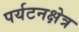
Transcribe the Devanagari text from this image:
पर्यटनक्षेत्र